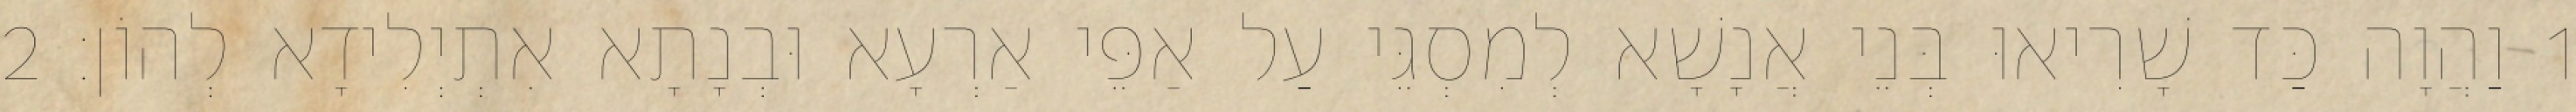
1 וַהֲוָה כַּד שָׁרִיאוּ בְּנֵי אֲנָשָׁא לְמִסְגֵּי עַל אַפֵּי אַרְעָא וּבְנָתָא אִתְיְלִידָא לְהוֹן׃ 2